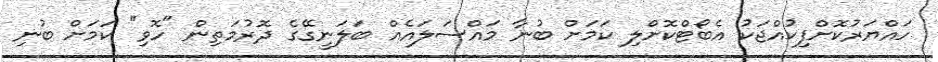
ހައްޔަރުކޮށްފިކުއްޖަކު އެބޯޓްކޮށްލި ކަމަށް ބުނާ މައްސަލައެއް ބަލަނީގޭގެ ދޮރުމަތިން "ހޮވި" ކަމަށް ބުނި